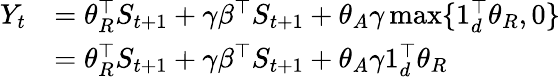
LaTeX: \begin{array}{rl}{Y_{t}}&{=\theta_{R}^{\top}S_{t+1}+\gamma\beta^{\top}S_{t+1}+\theta_{A}\gamma\operatorname*{max}\{ 1_{d}^{\top}\theta_{R},0\} }\\ &{=\theta_{R}^{\top}S_{t+1}+\gamma\beta^{\top}S_{t+1}+\theta_{A}\gamma 1_{d}^{\top}\theta_{R}}\end{array}